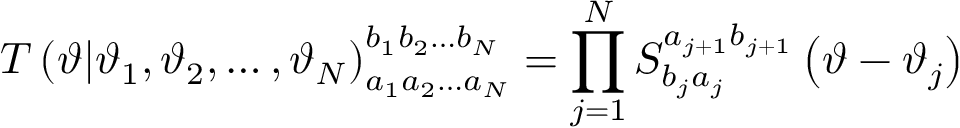
T \left( \vartheta | \vartheta _ { 1 } , \vartheta _ { 2 } , \ldots , \vartheta _ { N } \right) _ { a _ { 1 } a _ { 2 } \ldots a _ { N } } ^ { b _ { 1 } b _ { 2 } \ldots b _ { N } } = \prod _ { j = 1 } ^ { N } S _ { b _ { j } a _ { j } } ^ { a _ { j + 1 } b _ { j + 1 } } \left( \vartheta - \vartheta _ { j } \right)